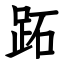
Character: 跖